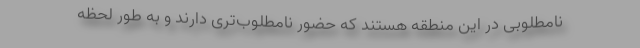
نامطلوبی در این منطقه هستند که حضور نامطلوب‌تری دارند و به طور لحظه